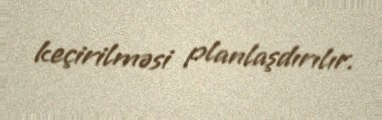
keçirilməsi planlaşdırılır.